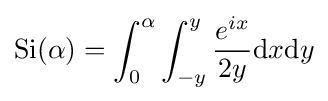
{\text{Si}}(\alpha )=\int _{0}^{\alpha }\int _{-y}^{y}{\frac {e^{ix}}{2y}}\mathrm {d} x\mathrm {d} y